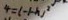
4 = ( - 1 - h ) ^ { 2 }